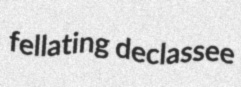
fellating declassee